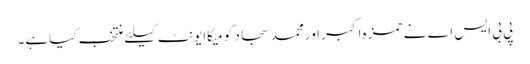
پی بی ایس اے نے حمزہ اکبر اورمحمد سجاد کو میگاایونٹ کیلئے منتخب کیاہے۔